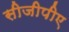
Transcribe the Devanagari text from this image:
सीजीपीए